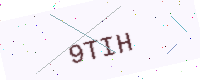
Text: 9TIH